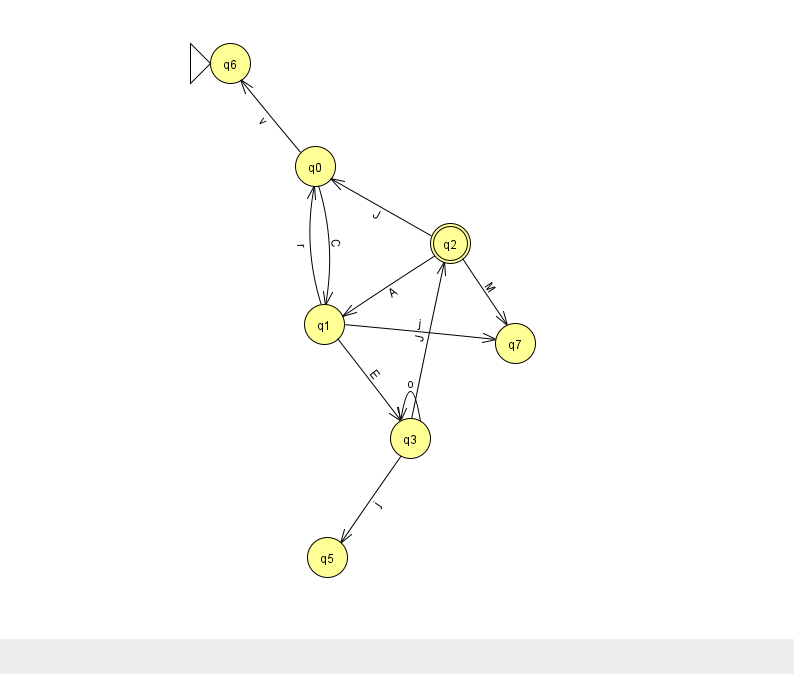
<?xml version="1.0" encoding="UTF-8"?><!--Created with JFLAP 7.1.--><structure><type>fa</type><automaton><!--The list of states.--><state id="0" name="q0"><x>315.0</x><y>153.0</y></state><state id="1" name="q1"><x>324.0</x><y>311.0</y></state><state id="2" name="q2"><x>450.0</x><y>230.0</y><final/></state><state id="3" name="q3"><x>410.0</x><y>425.0</y></state><state id="5" name="q5"><x>327.0</x><y>544.0</y></state><state id="6" name="q6"><x>230.0</x><y>50.0</y><initial/></state><state id="7" name="q7"><x>515.0</x><y>330.0</y></state><!--The list of transitions.--><transition><from>2</from><to>1</to><read>A</read></transition><transition><from>2</from><to>0</to><read>J</read></transition><transition><from>1</from><to>3</to><read>E</read></transition><transition><from>1</from><to>0</to><read>r</read></transition><transition><from>0</from><to>1</to><read>C</read></transition><transition><from>2</from><to>7</to><read>M</read></transition><transition><from>3</from><to>2</to><read>J</read></transition><transition><from>1</from><to>7</to><read>j</read></transition><transition><from>0</from><to>6</to><read>v</read></transition><transition><from>3</from><to>3</to><read>o</read></transition><transition><from>3</from><to>5</to><read>j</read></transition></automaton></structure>